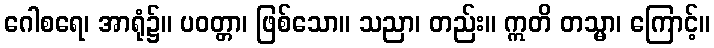
ဂေါစရေ၊ အာရုံ၌။ ပဝတ္တာ၊ ဖြစ်သော။ သညာ၊ တည်း။ ဣတိ တသ္မာ၊ ကြောင့်။